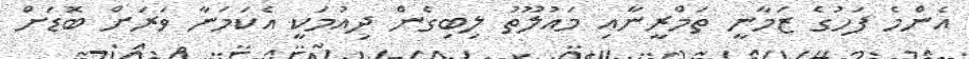
އެންމެ ފަހުގެ ޒަމާނީ ތަމްރީނާއި މައުލޫތު ލިބިގެން ދިއުމަކީ އެކަމަނާ ވަރަށް ބޮޑަށް